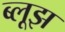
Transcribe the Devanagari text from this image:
ब्लूझ